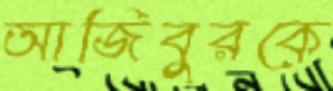
আজিবুরকে